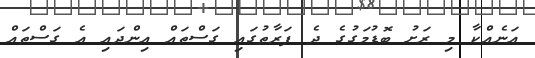
އަނެއްކާ މި ރަށު ބޮޑުމަގުގެ ދެ ފަރާތުގައި ގަސްތައް އިންދައި އެ ގަސްތައް